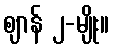
ဈာန် ၂-မျိုး။